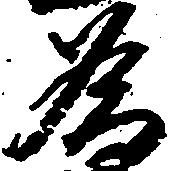
為